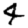
Digit: 4